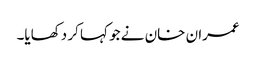
عمران خان نے جو کہا کر دکھایا۔